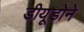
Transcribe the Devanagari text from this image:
डीयूडोने